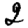
Digit: 2